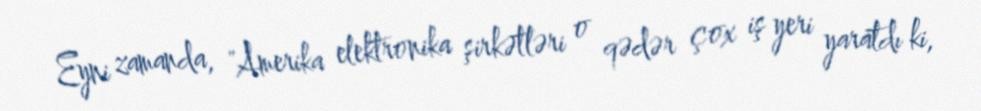
Eyni zamanda, "Amerika elektronika şirkətləri o qədər çox iş yeri yaratdı ki,